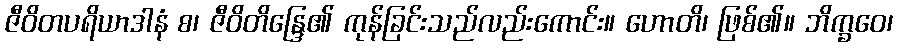
ဇီဝိတပရိယာဒါနံ စ၊ ဇီဝိတိန္ဒြေ၏ ကုန်ခြင်းသည်လည်းကောင်း။ ဟောတိ၊ ဖြစ်၏။ ဘိက္ခဝေ၊